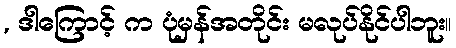
, ဒါကြောင့် က ပုံမှန်အတိုင်း မလုပ်နိုင်ပါဘူး။